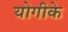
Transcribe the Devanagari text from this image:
योगीके